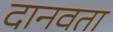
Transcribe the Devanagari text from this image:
दानवता